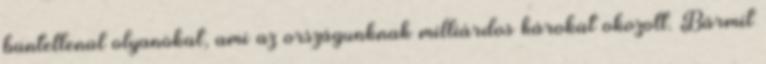
büntetlenül olyanokat, ami az országunknak milliárdos károkat okozott. Bármit